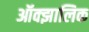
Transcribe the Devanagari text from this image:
ऑक्झालिक